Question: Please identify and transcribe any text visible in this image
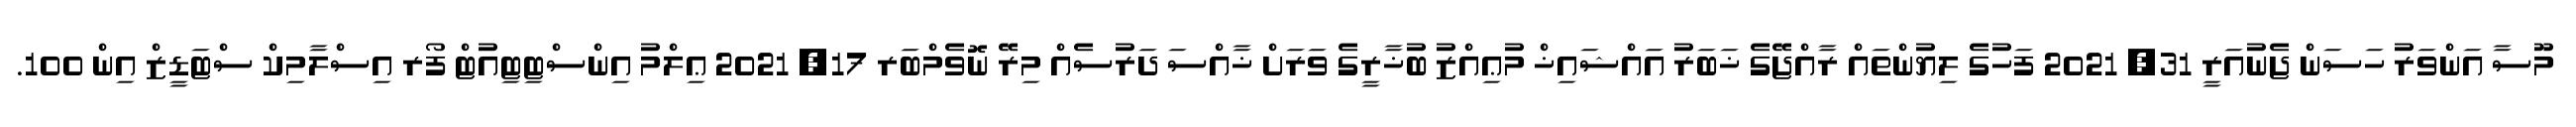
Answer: މޫސާ އަންވަރު ހަސަން ޖެނުއަރީ 31, 2021 ފަހުގެ ލިޔުންތައް ރާއްޖޭގެ ޚަބަރު އައްޝައިޚް މުޢިއްޒު ބުޚާރީގެ ވަރަށް ޚާއްސަ ދަރުސެއް މިރޭ ނޮވެމްބަރ 17, 2021 ޢިލްމު އިންސްޓިޓިއުޓް ފޯރ އިސްލާމިކް ސްޓަޑީޒް އިން 100.